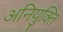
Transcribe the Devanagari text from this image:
अनियुक्ति